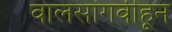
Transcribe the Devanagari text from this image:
वालसांगवीहून